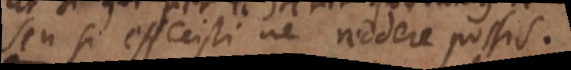
seu si effecisti ne reddere possis.